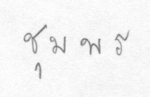
ชุมพร